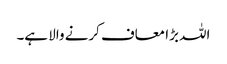
اللہ بڑا معاف کرنے والا ہے۔